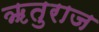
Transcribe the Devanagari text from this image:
ॠतुराज